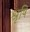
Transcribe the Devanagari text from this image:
श्रृषि